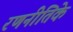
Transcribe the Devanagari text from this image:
रणनीतिके